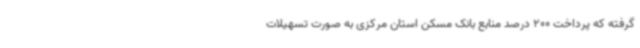
گرفته‌ که پرداخت 200 درصد منابع بانک مسکن استان مرکزی به صورت تسهیلات